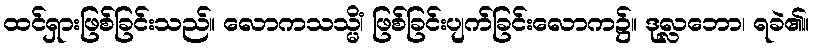
ထင်ရှားဖြစ်ခြင်းသည်။ လောကသသ္မိံ၊ ဖြစ်ခြင်းပျက်ခြင်းလောက၌။ ဒုလ္လဘော၊ ရခဲ၏။